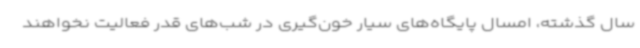
سال گذشته، امسال پایگاه‌های سیار خون‌گیری در شب‌های قدر فعالیت نخواهند